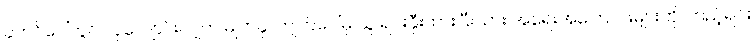
ခုတင်ပေါ်တွင် လှဲလျောင်းလျက် မျက်နှာကျက်ပေါ်မှ သူ ရင်းနှီးထားပြီးသား အရေးအကြောင်းများကို ကြည့်ရင်း